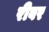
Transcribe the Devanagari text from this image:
रीबर